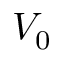
V _ { 0 }